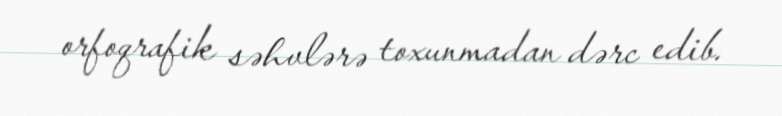
orfoqrafik səhvlərə toxunmadan dərc edib.